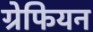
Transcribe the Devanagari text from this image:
ग्रेफियन